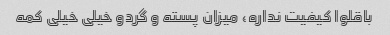
باقلوا کیفیت نداره، میزان پسته و گردو خیلی خیلی کمه